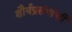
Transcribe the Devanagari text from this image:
शौर्यप्रसंगांची